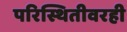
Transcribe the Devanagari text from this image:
परिस्थितीवरही